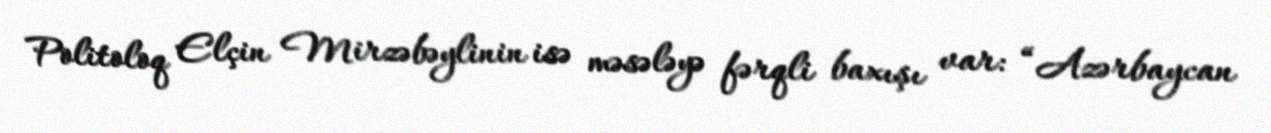
Politoloq Elçin Mirzəbəylinin isə məsələyə fərqli baxışı var: “Azərbaycan